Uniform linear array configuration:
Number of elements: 24
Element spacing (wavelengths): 0.75
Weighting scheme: exponential
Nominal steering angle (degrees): -45
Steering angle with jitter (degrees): -45.45
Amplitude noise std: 0.05
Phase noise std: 0.05

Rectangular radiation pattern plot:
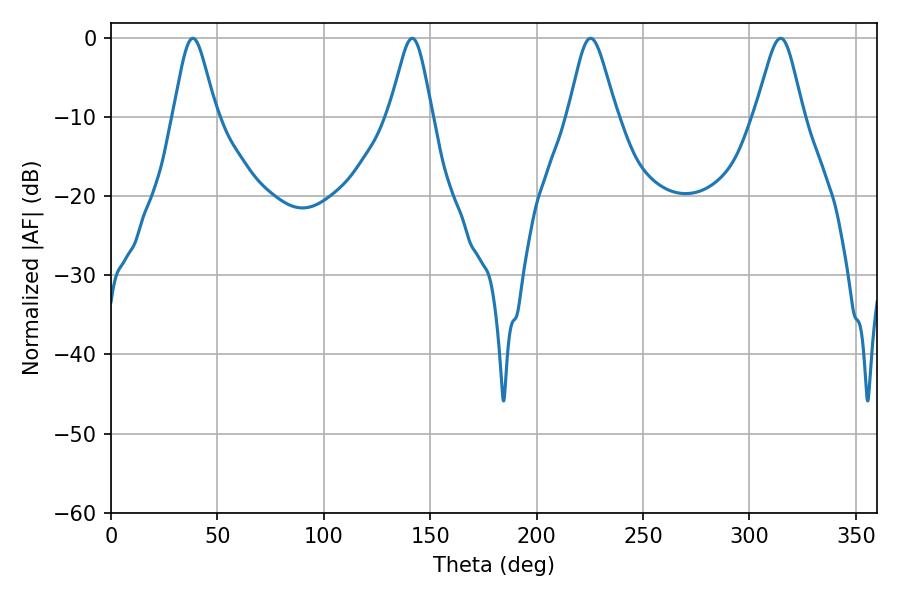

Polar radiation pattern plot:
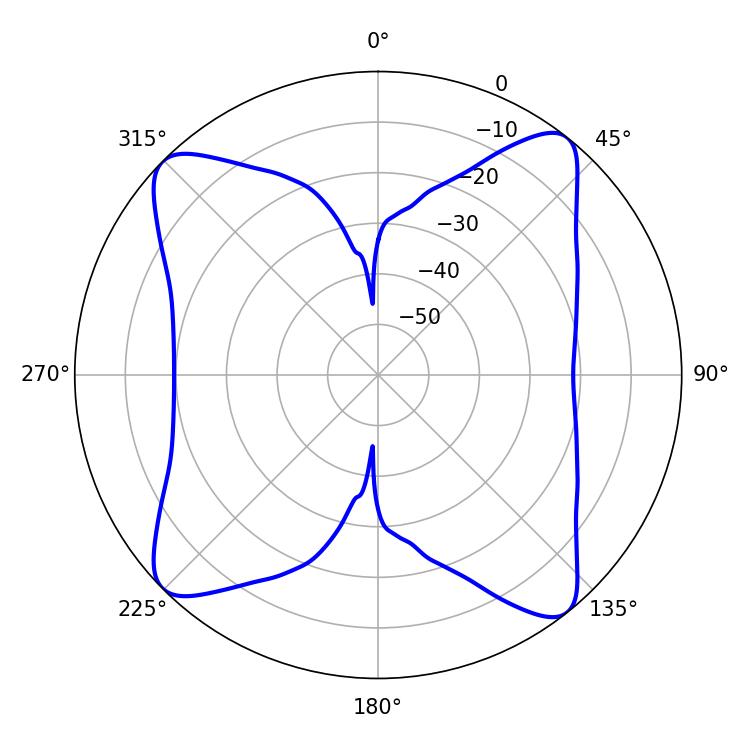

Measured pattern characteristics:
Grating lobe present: TRUE
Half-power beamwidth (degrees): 10.98
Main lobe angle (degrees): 225.36